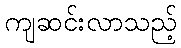
ကျဆင်းလာသည့်